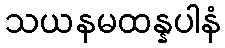
သယနမထန္နပါနံ